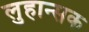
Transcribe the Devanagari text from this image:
लुहान्सक